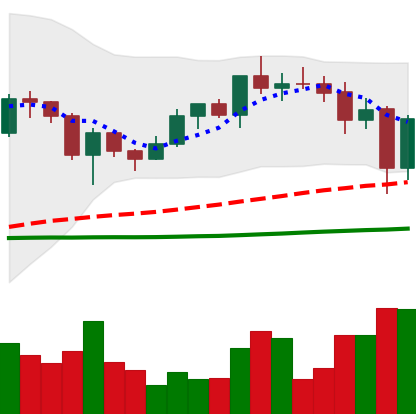
Ticker: ADA-USD
Chart end date: 2020-12-24
Forward return: 25.694%
Label: up_7plus